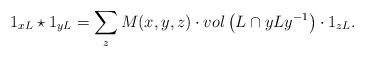
LaTeX: \begin{align*} 1_{xL}\star 1_{yL}=\sum_z M(x, y, z) \cdot vol \left(L\cap yLy^{-1} \right) \cdot 1_{zL}.\end{align*}